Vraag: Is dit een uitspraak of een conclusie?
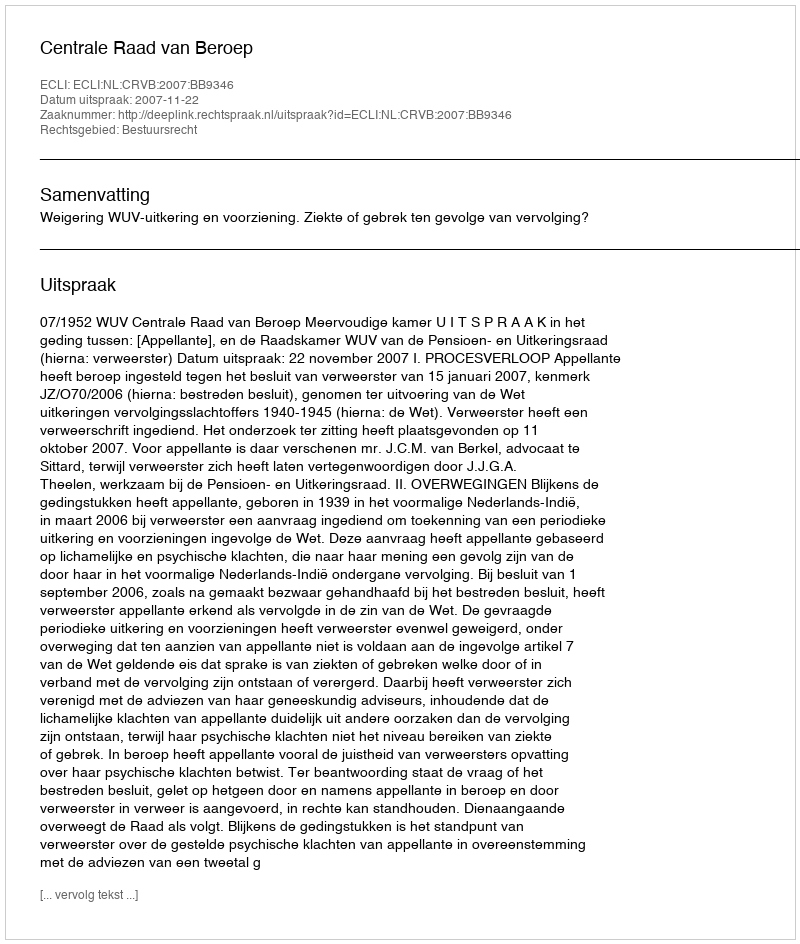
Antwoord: Uitspraak